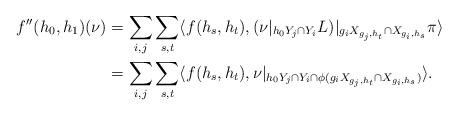
LaTeX: \begin{align*}f''(h_0, h_1)(\nu)&=\sum_{i, j}\sum_{s, t}\langle f(h_s, h_t), (\nu|_{h_0Y_j\cap Y_i}L)|_{g_iX_{g_j, h_t}\cap X_{g_i, h_s}}\pi \rangle\\&=\sum_{i, j}\sum_{s, t}\langle f(h_s, h_t), \nu|_{h_0Y_j\cap Y_i\cap \phi(g_iX_{g_j, h_t}\cap X_{g_i, h_s})}\rangle.\end{align*}